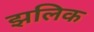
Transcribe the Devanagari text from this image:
झलिक